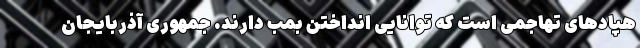
هپادهای تهاجمی است که توانایی انداختن بمب دارند. جمهوری آذربایجان